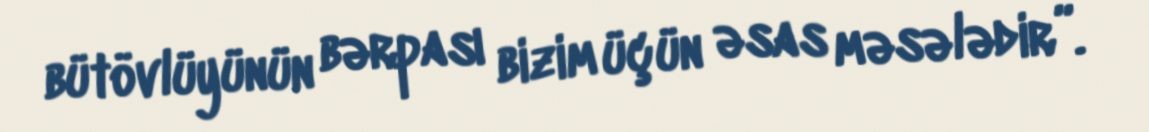
bütövlüyünün bərpası bizim üçün əsas məsələdir”.